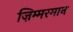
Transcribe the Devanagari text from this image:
ज़िम्मरमान